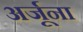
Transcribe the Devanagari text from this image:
अर्जूना